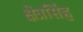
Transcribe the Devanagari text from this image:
क्षेत्रसिंह